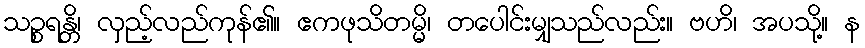
သဉ္စရန္တိ၊ လှည့်လည်ကုန်၏။ ဧကဖုသိတမ္မိ၊ တပေါင်းမျှသည်လည်း။ ဗဟိ၊ အပသို့။ န